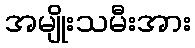
အမျိုးသမီးအား